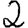
Digit: 2